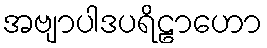
အဗျာပါဒပရိဠာဟော